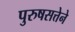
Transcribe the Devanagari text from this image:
पुरुषसत्तेने